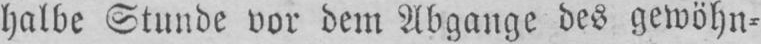
halbe Stunde vor dem Abgange des gewöhn⸗